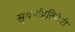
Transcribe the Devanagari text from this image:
सुवर्णप्रतिमेची